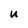
Character: U